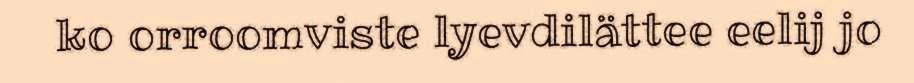
ko orroomviste lyevdilättee eelij jo